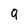
Character: q